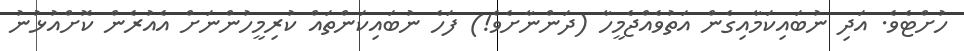
ހުށްޓެވެ. އަދި ނުބައިކަމާއިގެން އަތުވެއްޖެމީހާ (ދަންނާށެވެ!) ފަހެ ނުބައިކަންތައް ކުރިމީހުންނަށް އެއުރެން ކޮށްއުޅުނު